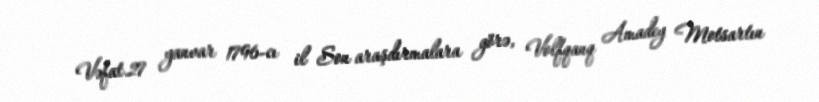
Vəfat.27 yanvar 1796-cı il Son araşdırmalara görə, Volfqanq Amadey Motsartın